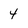
Character: 4